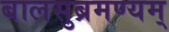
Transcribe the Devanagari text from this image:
बालसुब्रमण्यम्